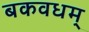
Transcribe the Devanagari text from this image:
बकवधम्